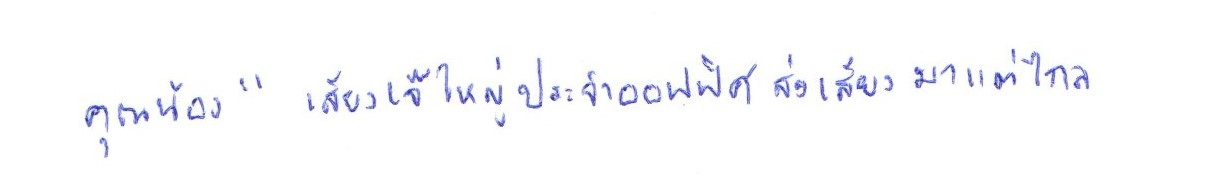
คุณน้อง"เสียงเจ๊ใหญ่ประจำออฟฟิศส่งเสียงดังมาแต่ไกล